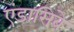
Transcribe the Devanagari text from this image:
एंडासिबे